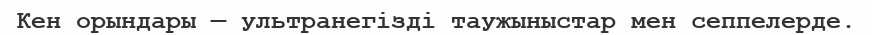
Кен орындары — ультранегізді таужыныстар мен сеппелерде.